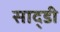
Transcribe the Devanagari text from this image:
साद्डी